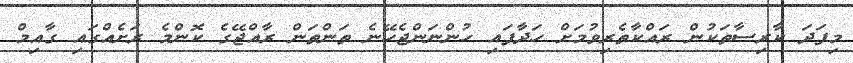
މިފަދަ ކާރިސާތަކުން ރައްކާތެރިވުމަށް ހަދާފައި ހުންނަންޖެހޭނެ ތަންތަން ރާއްޖޭގެ ކޮންމެ ރަށެއްގައި ގާއިމް